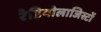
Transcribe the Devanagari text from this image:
रेडियोलाजिस्टों